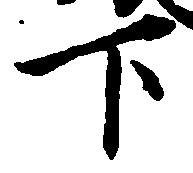
下